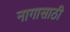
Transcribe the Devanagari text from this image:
नागासाठी